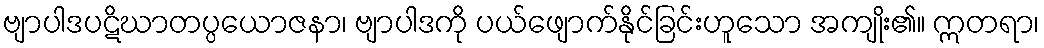
ဗျာပါဒပဋိဃာတပ္ပယောဇနာ၊ ဗျာပါဒကို ပယ်ဖျောက်နိုင်ခြင်းဟူသော အကျိုး၏။ ဣတရာ၊